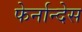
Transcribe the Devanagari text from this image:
फेर्नान्देस